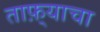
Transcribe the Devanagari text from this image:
ताफ़्याचा